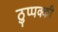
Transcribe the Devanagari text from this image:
ठुप्पक्की